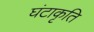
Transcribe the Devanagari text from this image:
घंटाकृति